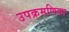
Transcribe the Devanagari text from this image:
उपक्रमणिका